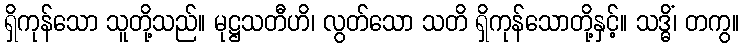
ရှိကုန်သော သူတို့သည်။ မုဋ္ဌသတီဟိ၊ လွတ်သော သတိ ရှိကုန်သောတို့နှင့်။ သဒ္ဓိံ၊ တကွ။